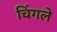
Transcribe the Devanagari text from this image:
चिंगले